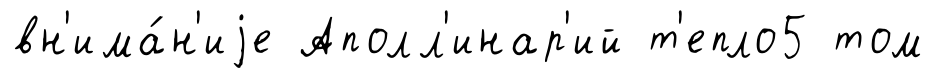
вн'има́н'иjе Аполл'инар'ий т'епло5 том